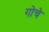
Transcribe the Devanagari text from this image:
गोचे